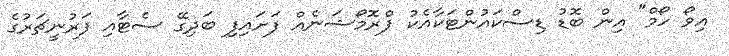
އިވޯ ހޯމް" އިން ބޮޑު ޑިސްކައުންޓަކާއެކު ޕްރޮމޯޝަނެއް ފަށައިފި ބަދިގޭ ސެޓާއި ފަރުނީޗަރުގެ